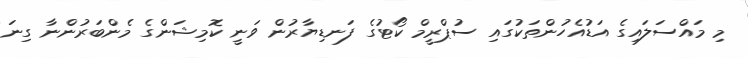
މި މައްސަލައިގެ އަޑުއެހުންތަކުގައި ސުޕްރީމް ކޯޓުގެ ފަނޑިޔާރުން ވަނީ ކޮމިޝަންގެ މެންބަރުންނާ ގިނަ